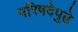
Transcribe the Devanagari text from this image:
परिषदेपुढे